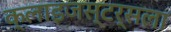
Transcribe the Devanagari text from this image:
क्लाइजस्टर्सला